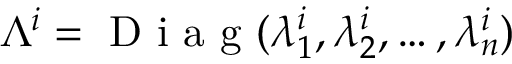
\Lambda ^ { i } = \mathrm { ~ D ~ i ~ a ~ g ~ } ( \lambda _ { 1 } ^ { i } , \lambda _ { 2 } ^ { i } , \dots , \lambda _ { n } ^ { i } )